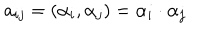
a _ { i j } = ( \alpha _ { i } , \alpha _ { j } ) = \alpha _ { i } \cdot \alpha _ { j }